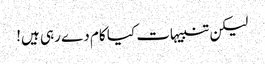
لیکن تنبیہات کیا کام دے رہی ہیں!